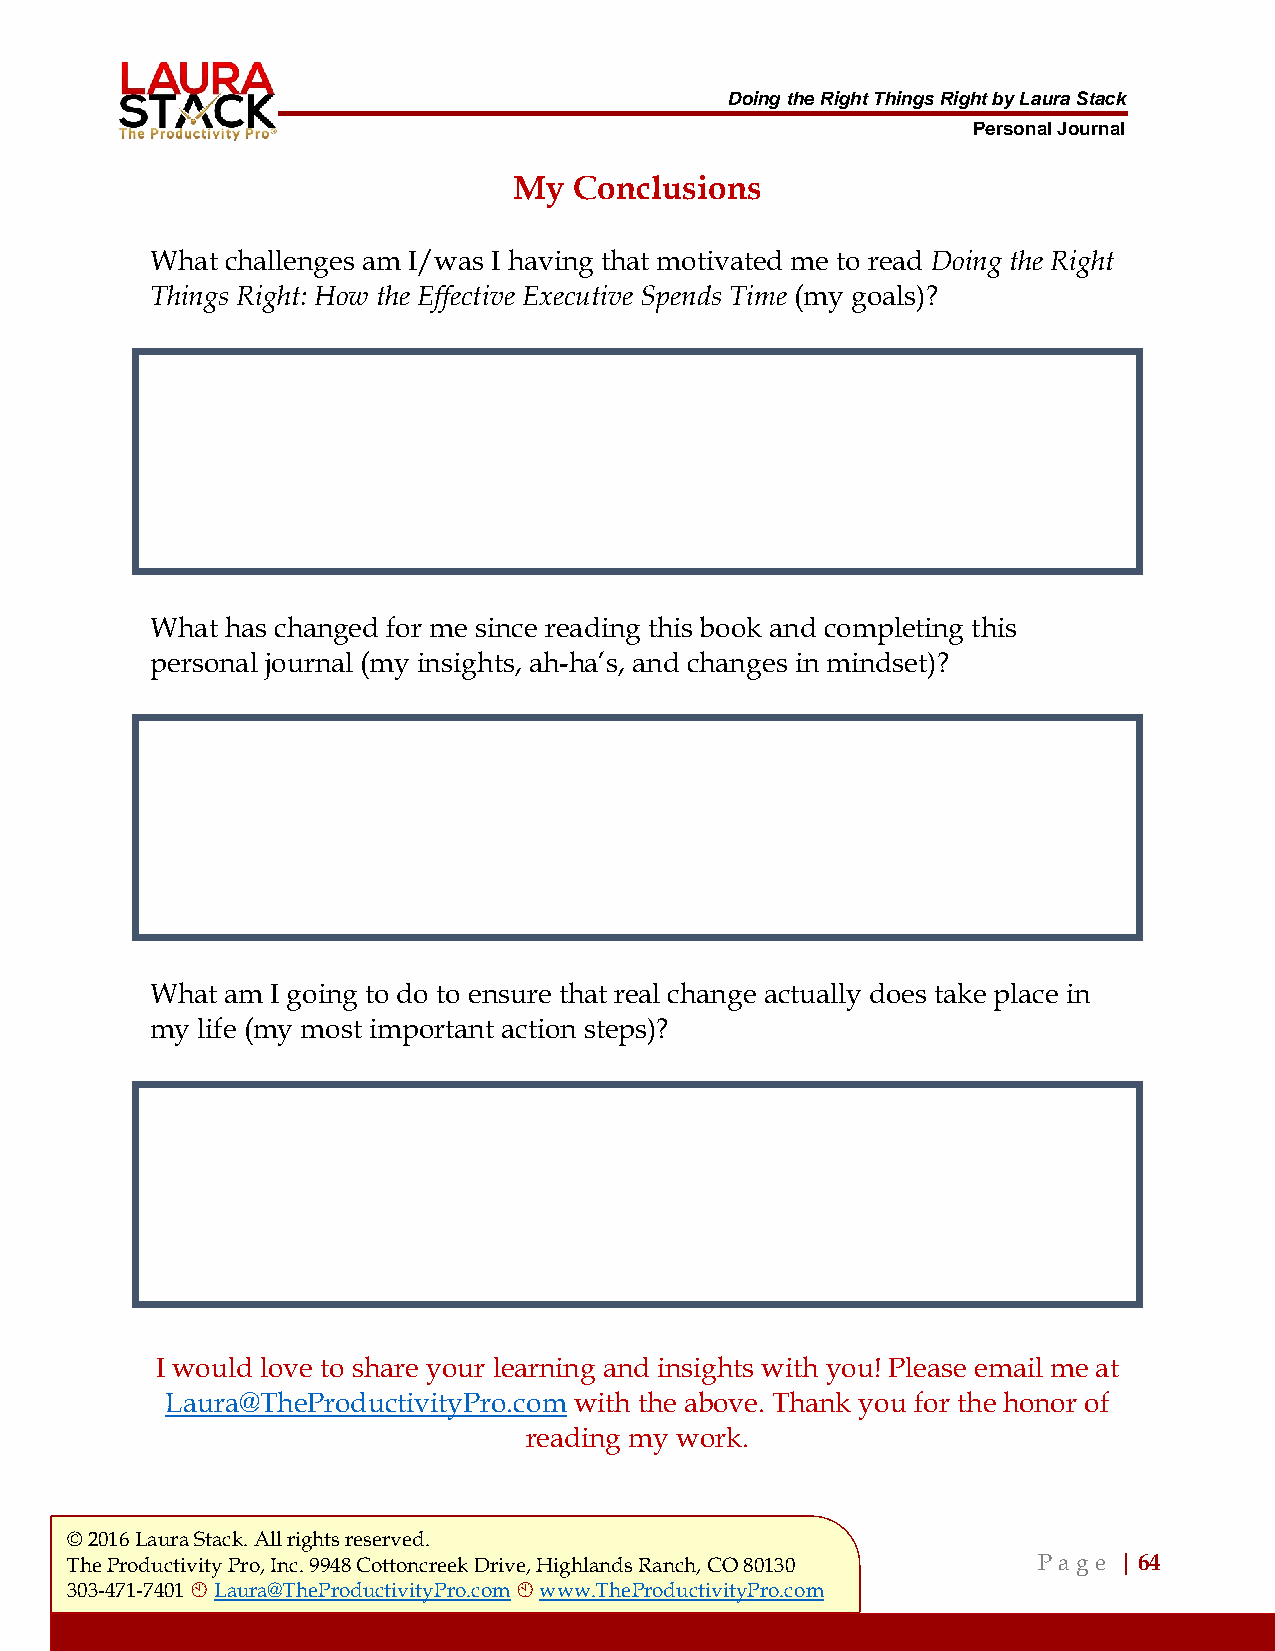
Doing the Right Things Right by Laura Stack
 Personal Journal
 My  Conclusions
 What challenges am I/was I having that motivated me to read Doing the Right
 Things Right: How the Effective Executive Spends Time (my goals)?
 What has changed for me since reading this book and completing this
 personal journal (my insights, ah-ha’s, and changes in mindset)?
 What am I going to do to ensure that real change actually does take place in
 my life (my most important action steps)?
 I would love to share your learning and insights with you! Please email me at
 Laura@TheProductivityPro.com with the above. Thank you for the honor of
 reading my work.
 © 2016 Laura Stack. All rights reserved.
 The Productivity Pro, Inc. 9948 Cottoncreek Drive, Highlands Ranch, CO 80130 P a ge | 64
 303-471-7401  Laura@TheProductivityPro.com  www.TheProductivityPro.com